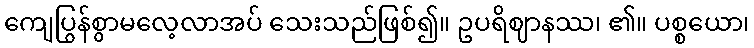
ကျေပြွန်စွာမလေ့လာအပ် သေးသည်ဖြစ်၍။ ဥပရိဈာနဿ၊ ၏။ ပစ္စယော၊